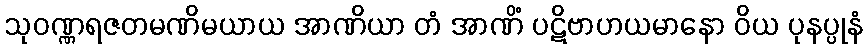
သုဝဏ္ဏရဇတမဏိမယာယ အာဏိယာ တံ အာဏိံ ပဋိဗာဟယမာနော ဝိယ ပုနပ္ပုနံ